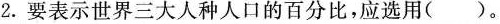
2.要表示世界三大人种人口的百分比，应选用()。